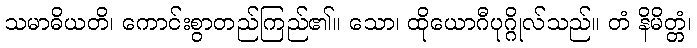
သမာဓိယတိ၊ ကောင်းစွာတည်ကြည်၏။ သော၊ ထိုယောဂီပုဂ္ဂိုလ်သည်။ တံ နိမိတ္တံ၊